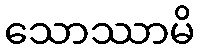
သောဿာမိ